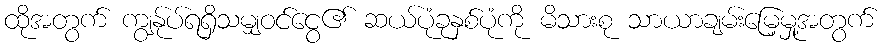
ထိုအတွက် ကျွန်ုပ်ရရှိသမျှဝင်ငွေ၏ ဆယ်ပုံခုနှစ်ပုံကို မိသားစု သာယာချမ်းမြေ့မှု့အတွက်